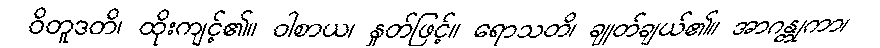
ဝိတူဒတိ၊ ထိုးကျင့်၏။ ဝါစာယ၊ နှုတ်ဖြင့်။ ရောသတိ၊ ချုတ်ချယ်၏။ အာဂန္တုကာ၊